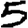
Digit: 5